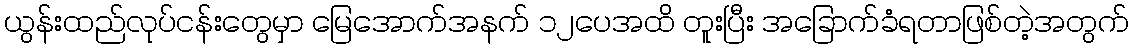
ယွန်းထည်လုပ်ငန်းတွေမှာ မြေအောက်အနက် ၁၂ပေအထိ တူးပြီး အခြောက်ခံရတာဖြစ်တဲ့အတွက်